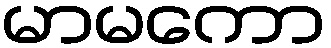
မာမကော